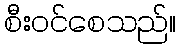
စီးဝင်စေသည်။